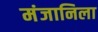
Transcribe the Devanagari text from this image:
मंजानिला